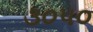
૩૦૫૦